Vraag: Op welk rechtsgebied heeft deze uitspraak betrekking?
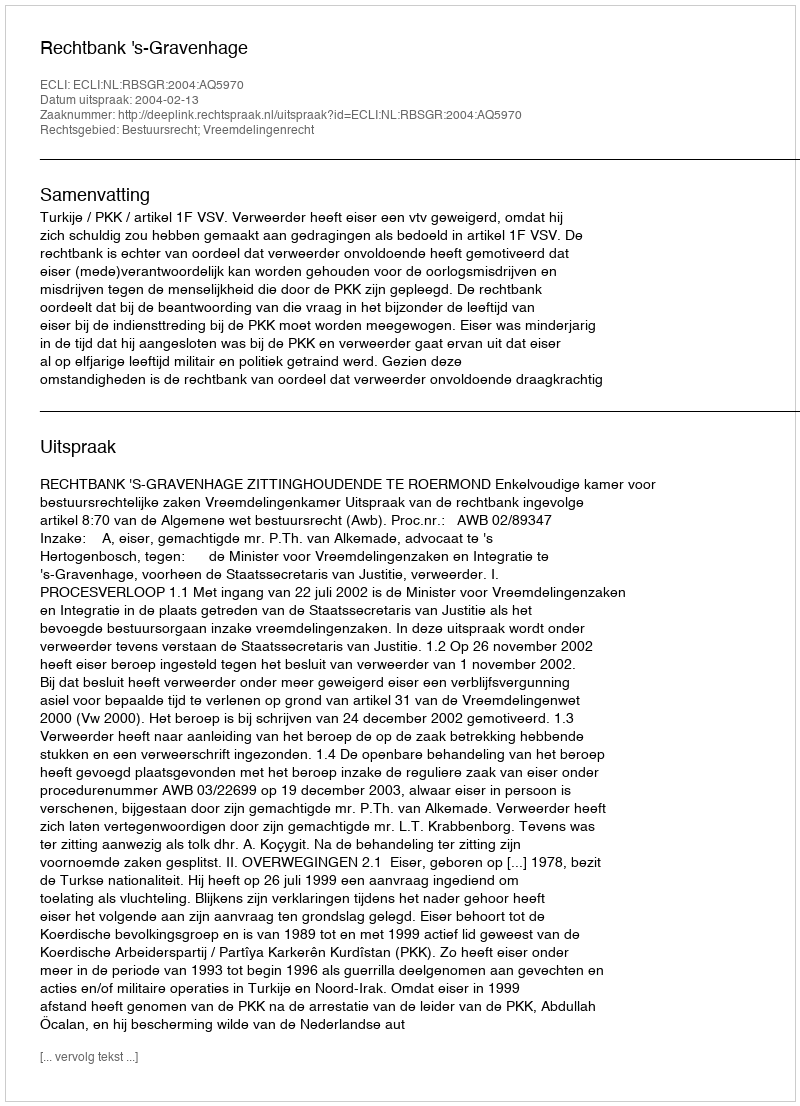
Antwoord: Bestuursrecht; Vreemdelingenrecht